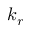
k _ { r }